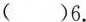
( )6.